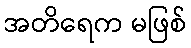
အတိရေက မဖြစ်